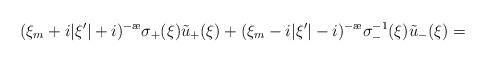
LaTeX: \begin{align*}(\xi_m+i|\xi'|+i)^{-\ae}\sigma_+(\xi)\tilde u_+(\xi)+(\xi_m-i|\xi'|-i)^{-\ae}\sigma_-^{-1}(\xi)\tilde u_-(\xi)=\end{align*}